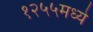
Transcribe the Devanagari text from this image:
१२५५मध्ये